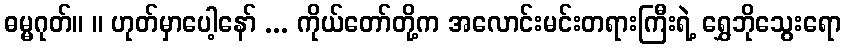
ဓမ္မဂုတ်။ ။ ဟုတ်မှာပေါ့နော် ... ကိုယ်တော်တို့က အလောင်းမင်းတရားကြီးရဲ့ ရွှေဘိုသွေးရော